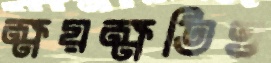
ক্ষয়ক্ষতিও